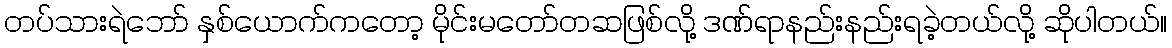
တပ်သားရဲဘော် နှစ်ယောက်ကတော့ မိုင်းမတော်တဆဖြစ်လို့ ဒဏ်ရာနည်းနည်းရခဲ့တယ်လို့ ဆိုပါတယ်။